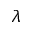
\lambda